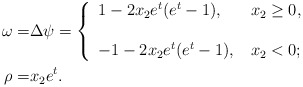
\begin{align*}\omega =& \Delta \psi = \left\{\begin{array}{ll}1-2x_2e^t(e^t-1), & \,x_2 \ge 0, \\ \\-1 - 2 x_2e^t(e^t-1), & \,x_2 < 0;\end{array}\right.\\\rho =& x_2 e^t.\end{align*}